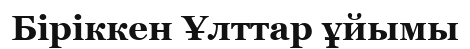
Біріккен Ұлттар ұйымы